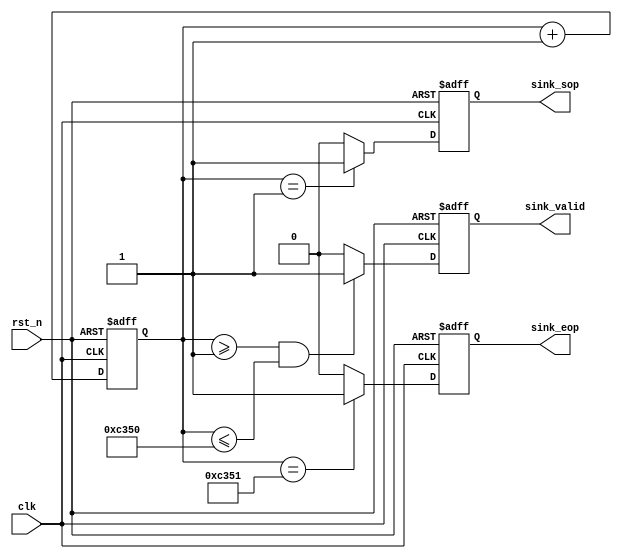
module cnt(
    input           clk,
    input           rst_n,
    output          sink_sop,
    output          sink_eop,
    output          sink_valid
);

reg [15:0]  count;
reg         sop;
reg         eop;
reg         valid;

assign sink_sop = sop;
assign sink_eop = eop;
assign sink_valid = valid;

always @(posedge clk or negedge rst_n) begin
    if(!rst_n) begin
        eop <= 1'b0;
        sop <= 1'b0;
        valid <= 1'b0;
        count <= 16'b0;
    end
    else begin
        count <= count + 16'b1;                 //
        if(count==16'b1)
            sop <= 1'b1;
        else
            sop <= 1'b0;

        if(count==16'd50001)                    //
            eop <= 1'b1;
        else
            eop <= 1'b0;

        if(count>=16'd1 & count <=16'd50000)    //1kHz
            valid <= 1'b1;
        else
            valid <= 1'b0;
    end
end

endmodule